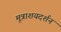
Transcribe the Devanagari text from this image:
मूत्राशयदर्शन